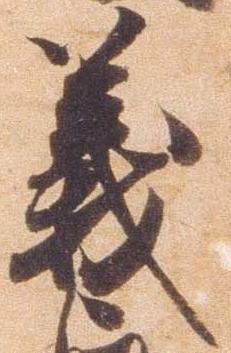
義